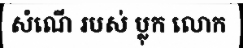
សំណើ របស់ ប្លុក លោក